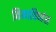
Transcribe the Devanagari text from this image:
विनाविध्वंस